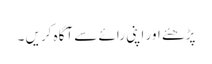
پڑھئے اور اپنی رائے سے آگاہ کریں ۔